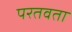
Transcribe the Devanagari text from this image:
परतवता